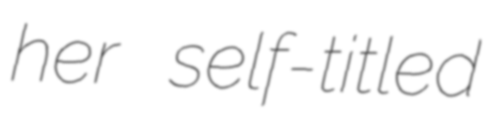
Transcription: her self-titled